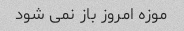
موزه امروز باز نمی شود